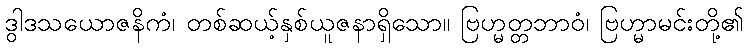
ဒွါဒသယောဇနိကံ၊ တစ်ဆယ့်နှစ်ယူဇနာရှိသော။ ဗြဟ္မတ္တဘာဝံ၊ ဗြဟ္မာမင်းတို့၏